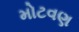
મોટવણ